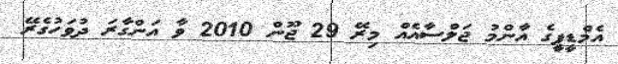
އެމްޑީޕީގެ އާންމު ޖަލްސާއެއް މިރޭ 29 ޖޫން 2010 ވާ އަންގާރަ ދުވަހުގެރޭ